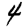
Digit: 4